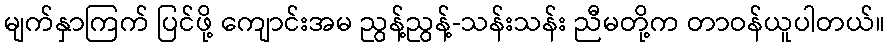
မျက်နှာကြက် ပြင်ဖို့ ကျောင်းအမ ညွန့်ညွန့်-သန်းသန်း ညီမတို့က တာဝန်ယူပါတယ်။